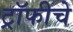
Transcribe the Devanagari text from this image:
ट्रॉफीचे